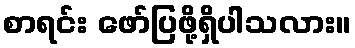
စာရင်း ဖော်ပြဖို့ရှိပါသလား။